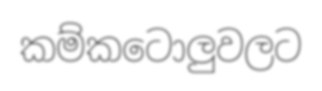
කම්කටොලුවලට